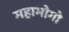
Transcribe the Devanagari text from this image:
महाभोगो